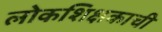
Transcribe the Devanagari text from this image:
लोकशिक्षकाची